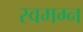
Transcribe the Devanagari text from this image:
स्वमग्न